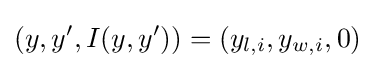
(y,y',I(y,y'))=(y_{l,i},y_{w,i},0)